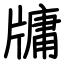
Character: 牗